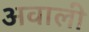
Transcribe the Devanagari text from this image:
अवाली